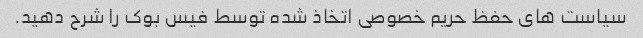
سیاست های حفظ حریم خصوصی اتخاذ شده توسط فیس بوک را شرح دهید.